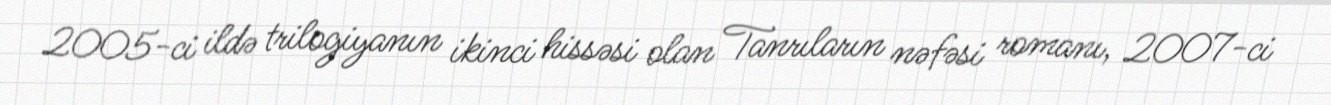
2005-ci ildə trilogiyanın ikinci hissəsi olan Tanrıların nəfəsi romanı, 2007-ci